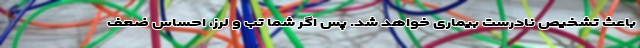
باعث تشخیص نادرست بیماری خواهد شد. پس اگر شما تب و لرز، احساس ضعف